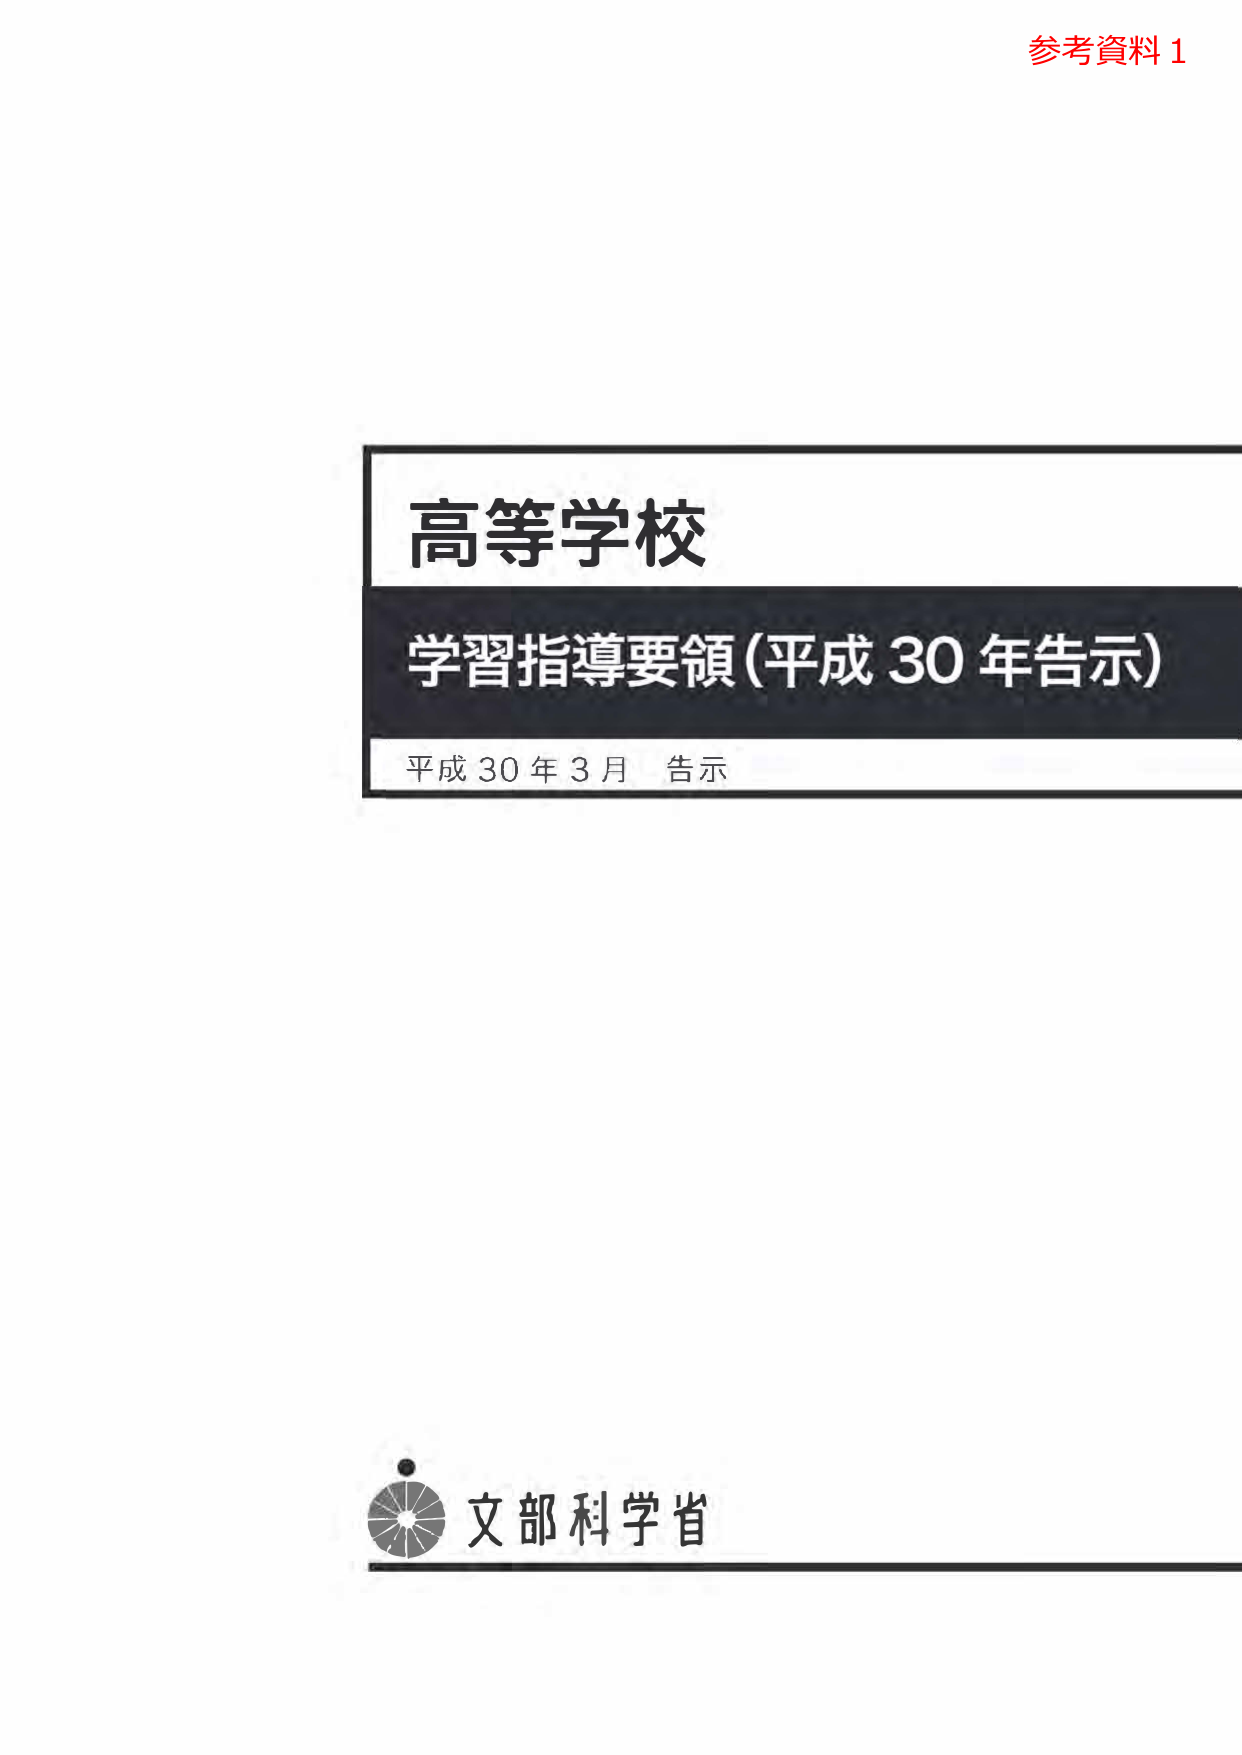
参考资料1
高等学校
学習指導要領（平成30年告示）
平成30年3月 告示
文部科学省